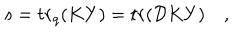
LaTeX: s = t r _ { q } ( K Y ) = t r ( { \cal D } K Y ) \quad ,